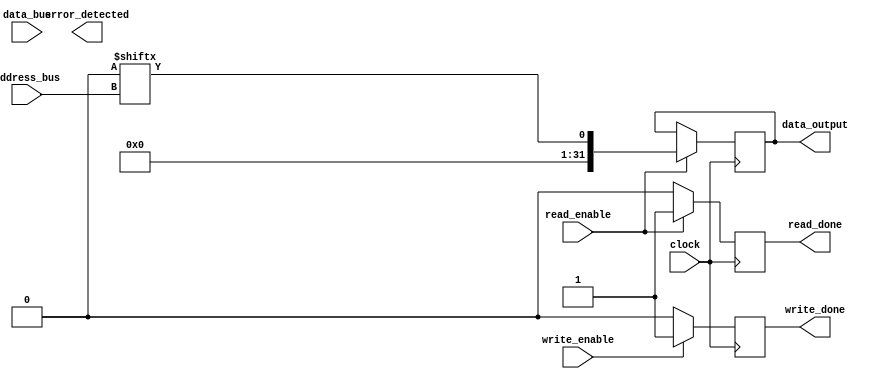
module DDR_SDRAM (
    input wire [31:0] address_bus,
    input wire [31:0] data_bus,
    input wire read_enable,
    input wire write_enable,
    input wire clock,
    output reg [31:0] data_output,
    output reg read_done,
    output reg write_done,
    output wire error_detected
);

reg [31:0] data_input;

always @(posedge clock) begin
    if(read_enable) begin
        data_output <= memory_blocks[address_bus];
        read_done <= 1;
    end else begin
        read_done <= 0;
    end
    
    if(write_enable) begin
        memory_blocks[address_bus] <= data_input;
        write_done <= 1;
    end else begin
        write_done <= 0;
    end
end

endmodule